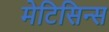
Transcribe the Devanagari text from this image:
मेटिसिन्स